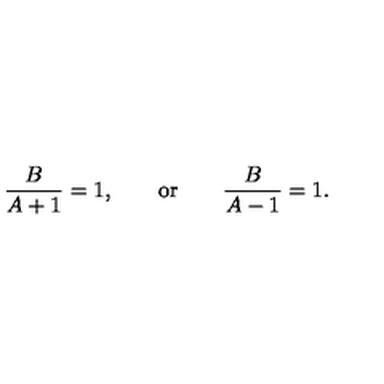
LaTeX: { \frac { B } { A + 1 } } = 1 , \qquad \mathrm { o r } \qquad { \frac { B } { A - 1 } } = 1 .